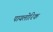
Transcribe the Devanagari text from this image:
पायलोरिक